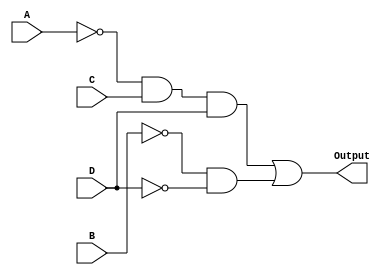
module kmap_logic (
    input wire A,  // Input variable A
    input wire B,  // Input variable B
    input wire C,  // Input variable C
    input wire D,  // Input variable D
    output wire Output  // Output of the combinational logic block
);

// Intermediate signals for the product terms
wire A_not;       // A'
wire B_not;       // B'
wire C_not;       // C'
wire D_not;       // D'

assign A_not = ~A; // NOT A
assign B_not = ~B; // NOT B
assign C_not = ~C; // NOT C
assign D_not = ~D; // NOT D

// Product terms based on the K-map simplification
wire term1; // A'CD
wire term2; // B'D'

assign term1 = A_not & C & D; // A'CD
assign term2 = B_not & D_not;   // B'D'

// Final output expression
assign Output = term1 | term2; // Output = A'CD + B'D'

endmodule